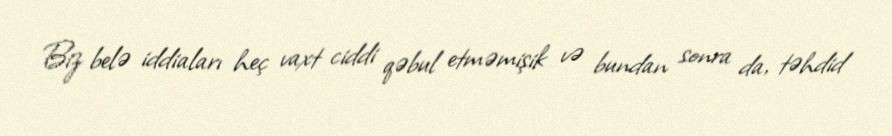
Biz belə iddiaları heç vaxt ciddi qəbul etməmişik və bundan sonra da, təhdid